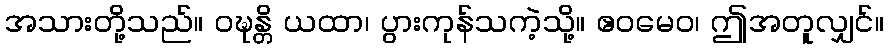
အသားတို့သည်။ ဝဍ္ဎန္တိ ယထာ၊ ပွားကုန်သကဲ့သို့။ ဧဝမေဝ၊ ဤအတူလျှင်။